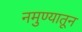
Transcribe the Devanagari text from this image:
नमुण्यातून